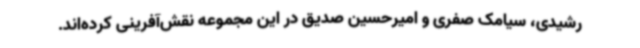
رشیدی، سیامک صفری و امیرحسین صدیق در این مجموعه نقش‌آفرینی کرده‌اند.